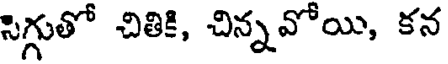
సిగ్గుతో చితికి, చిన్నవోయి, కన